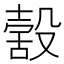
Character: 𣪸